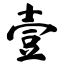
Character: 壹